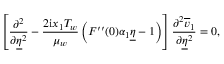
\left[ \frac { \partial ^ { 2 } } { \partial \underline { { \eta } } ^ { 2 } } - \frac { 2 \mathrm { i } x _ { 1 } T _ { w } } { \mu _ { w } } \left( F ^ { \prime \prime } ( 0 ) \alpha _ { 1 } \underline { { \eta } } - 1 \right) \right] \frac { \partial ^ { 2 } \overline { { v } } _ { 1 } } { \partial \underline { { \eta } } ^ { 2 } } = 0 ,